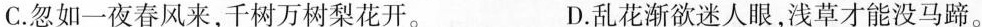
C. 忽如一夜春风来，千树万树梨花开。 D. 乱花渐欲迷人眼，浅草才能没马蹄。